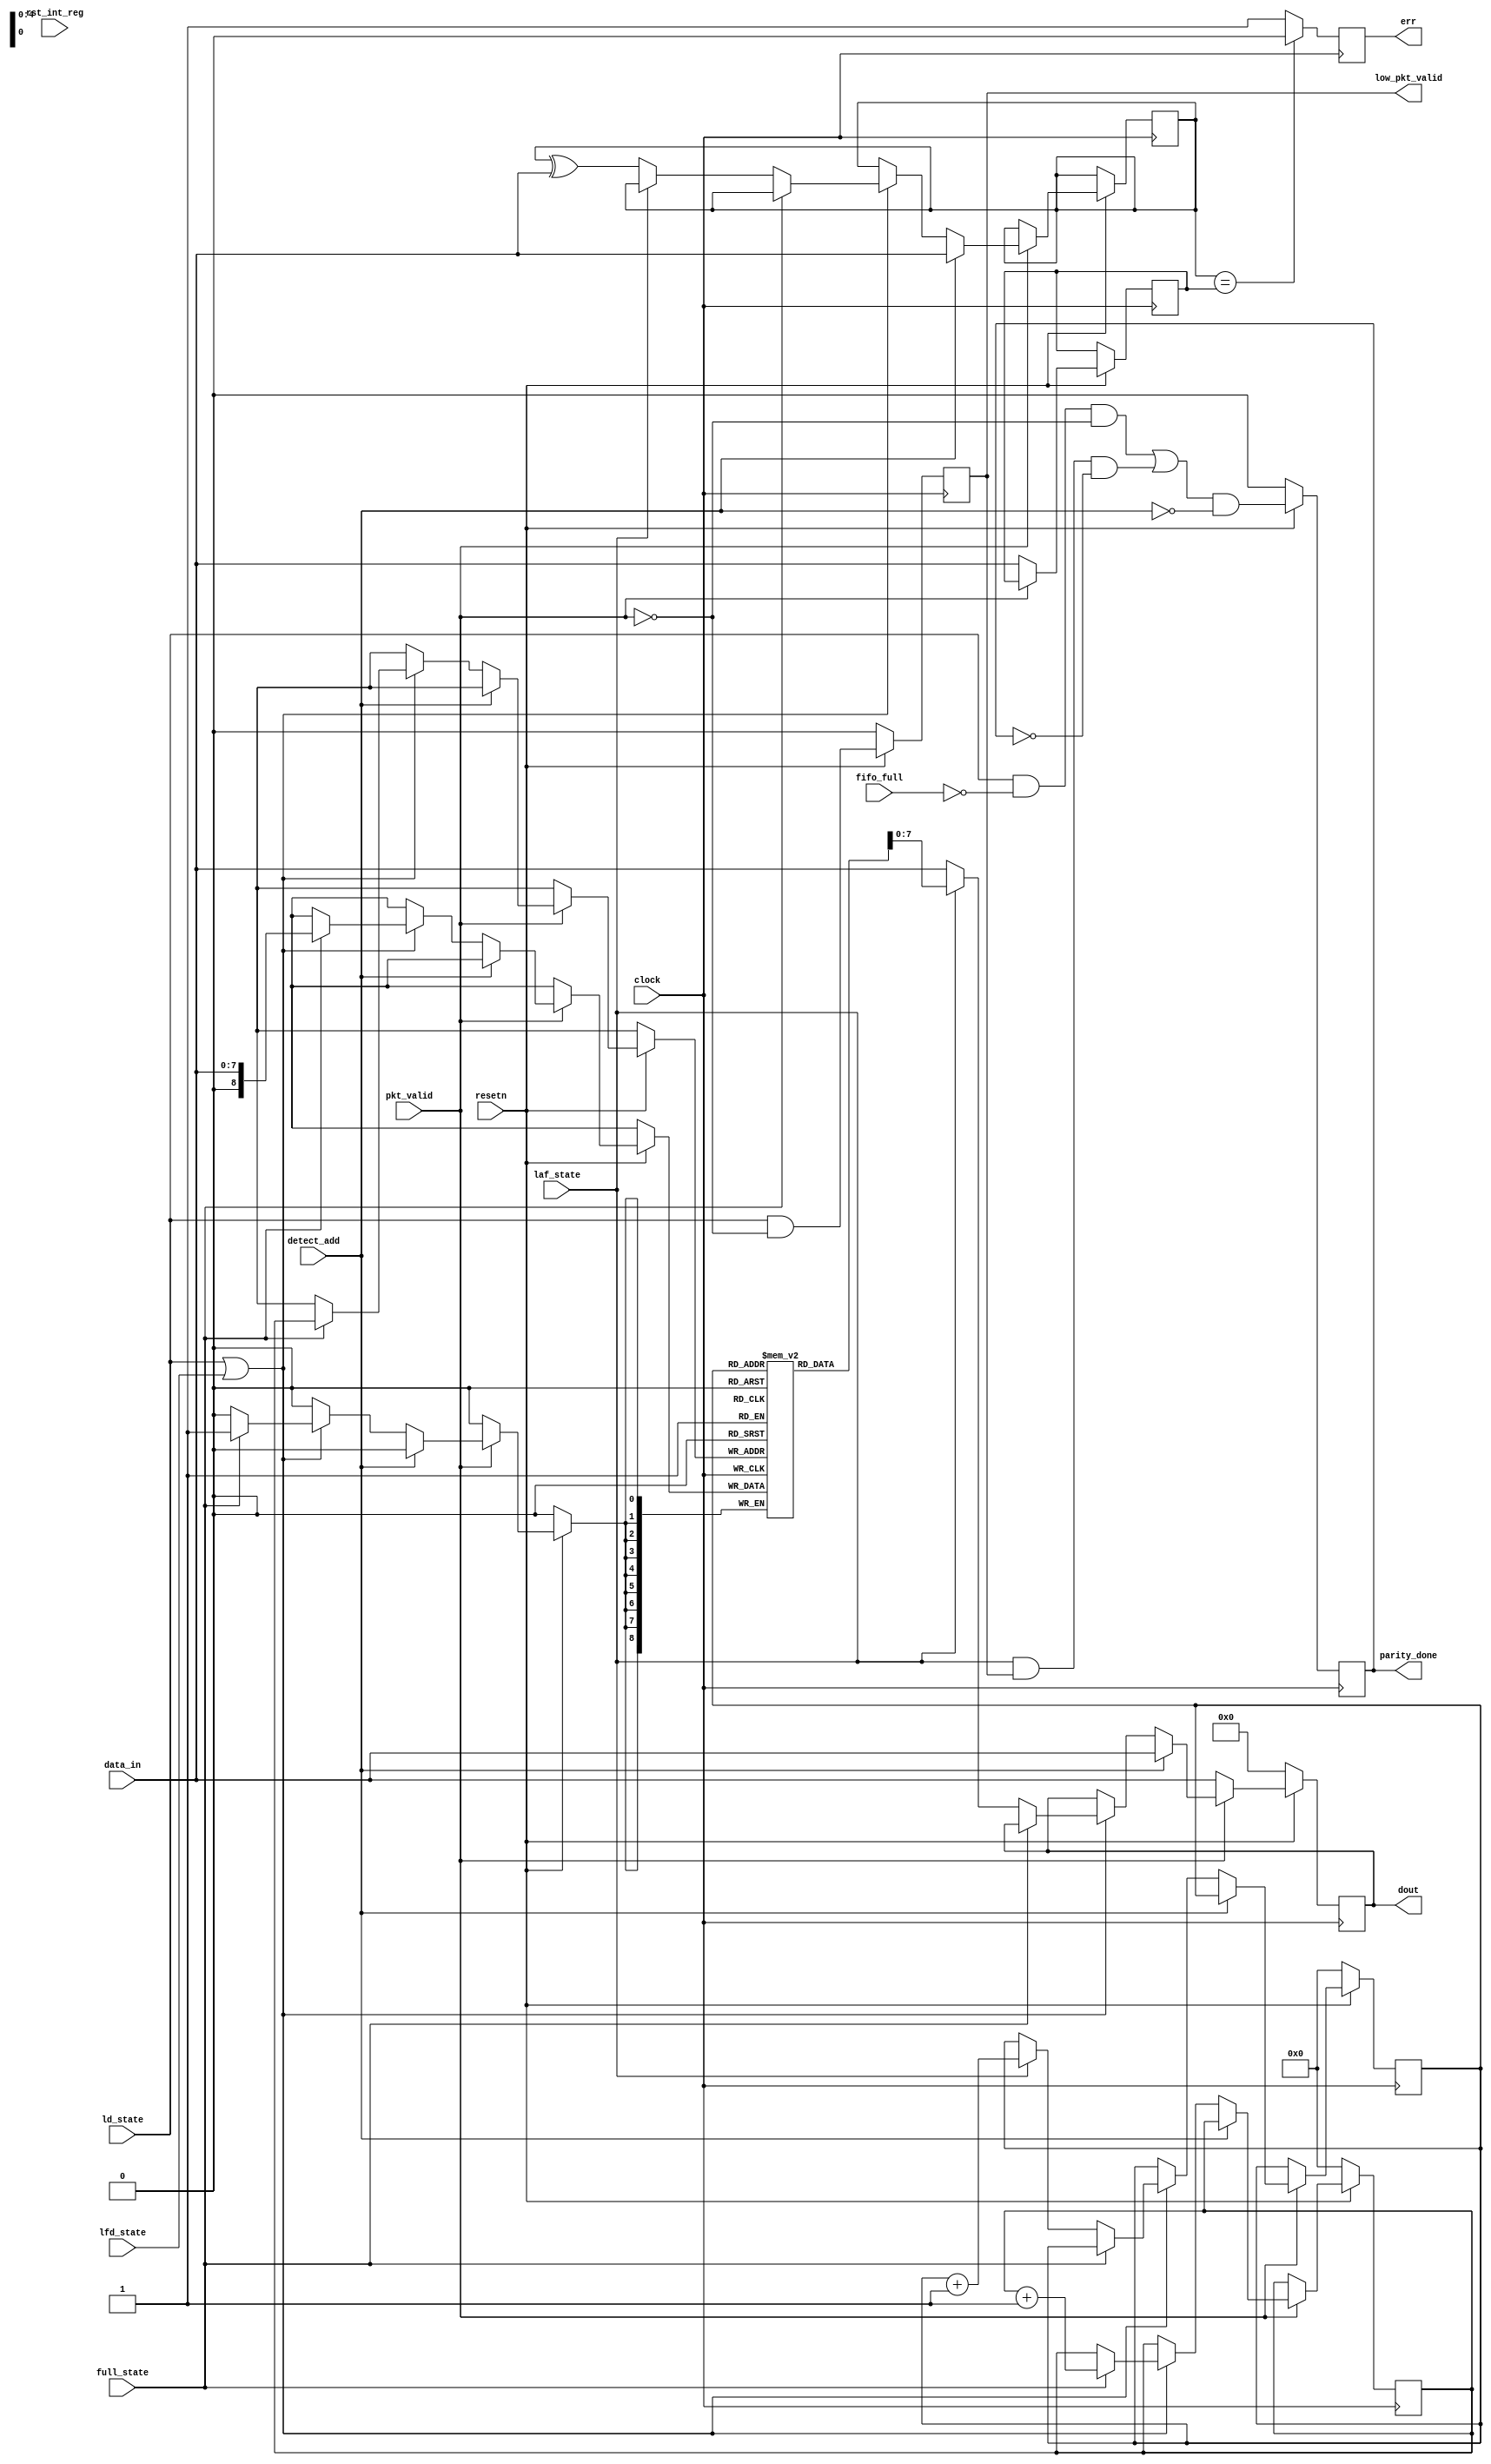
module router_reg(input clock, resetn, pkt_valid, fifo_full, rst_int_reg, detect_add, 
                        ld_state, laf_state, full_state, lfd_state, 
                  output reg parity_done, low_pkt_valid, err, 
                  input [7:0] data_in, output reg [7:0] dout);
reg [7:0] a,c,d,e;
reg [8:0] b [31:0];
reg [4:0] count_b,count_a ;
always@(posedge clock) begin
    if(!resetn) begin
        dout <= 8'd0;
        parity_done <= 1'b0;
        low_pkt_valid <= 1'b0;
        err <= 1'b0;
        count_b <= 0;
        count_a <= 0;
    end

    else begin
    parity_done <= ((ld_state & !fifo_full & !pkt_valid) | (laf_state & low_pkt_valid & !parity_done)) & !detect_add;
    low_pkt_valid <= (ld_state & !pkt_valid);
        if(pkt_valid) begin
            if(detect_add) begin
                dout <= data_in;
                c <= data_in;
            end
            else if(ld_state||lfd_state) begin
                if(full_state) begin
                    b[count_b] <= data_in;
                    count_b <= count_b + 1;
                end
                else if(!full_state) begin
                    if(laf_state) begin
                        dout <= b[count_a];
                        count_a <= count_a + 1;
                    end
                    else begin
                        c <= c^data_in;
                        dout <= data_in;
                    end
                end 
            end 
        end
        
        else begin
            d <= data_in;
            dout <= data_in;
        end
    end
err <= (c==d) ? 0 : 1 ;
//dout <= resetn ? ( lfd_state ? a : ( laf_state ? b : (ld_state ? (pkt_valid e : dout) ) ) : 8'd0;
end
endmodule